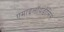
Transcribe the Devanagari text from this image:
एमाइलॉयडोसिस